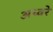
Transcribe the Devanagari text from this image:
अध्वरे